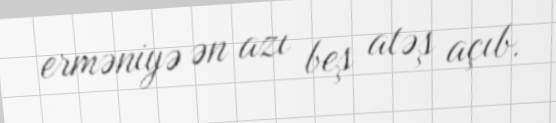
erməniyə ən azı beş atəş açıb.